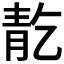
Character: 𲊕